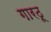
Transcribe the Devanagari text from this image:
गारठू